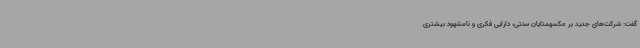
گفت: شرکت‌های جدید بر عکسهمتایان سنتی، دارایی فکری و نامشهود بیشتری